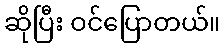
ဆိုပြီး ဝင်ပြောတယ်။